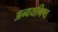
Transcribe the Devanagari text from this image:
अन्वयनिष्ठ